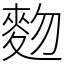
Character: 䴯